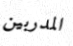
المدربين